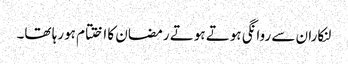
لنکاران سے روانگی ہوتے ہوتے رمضان کا اختتام ہورہا تھا۔